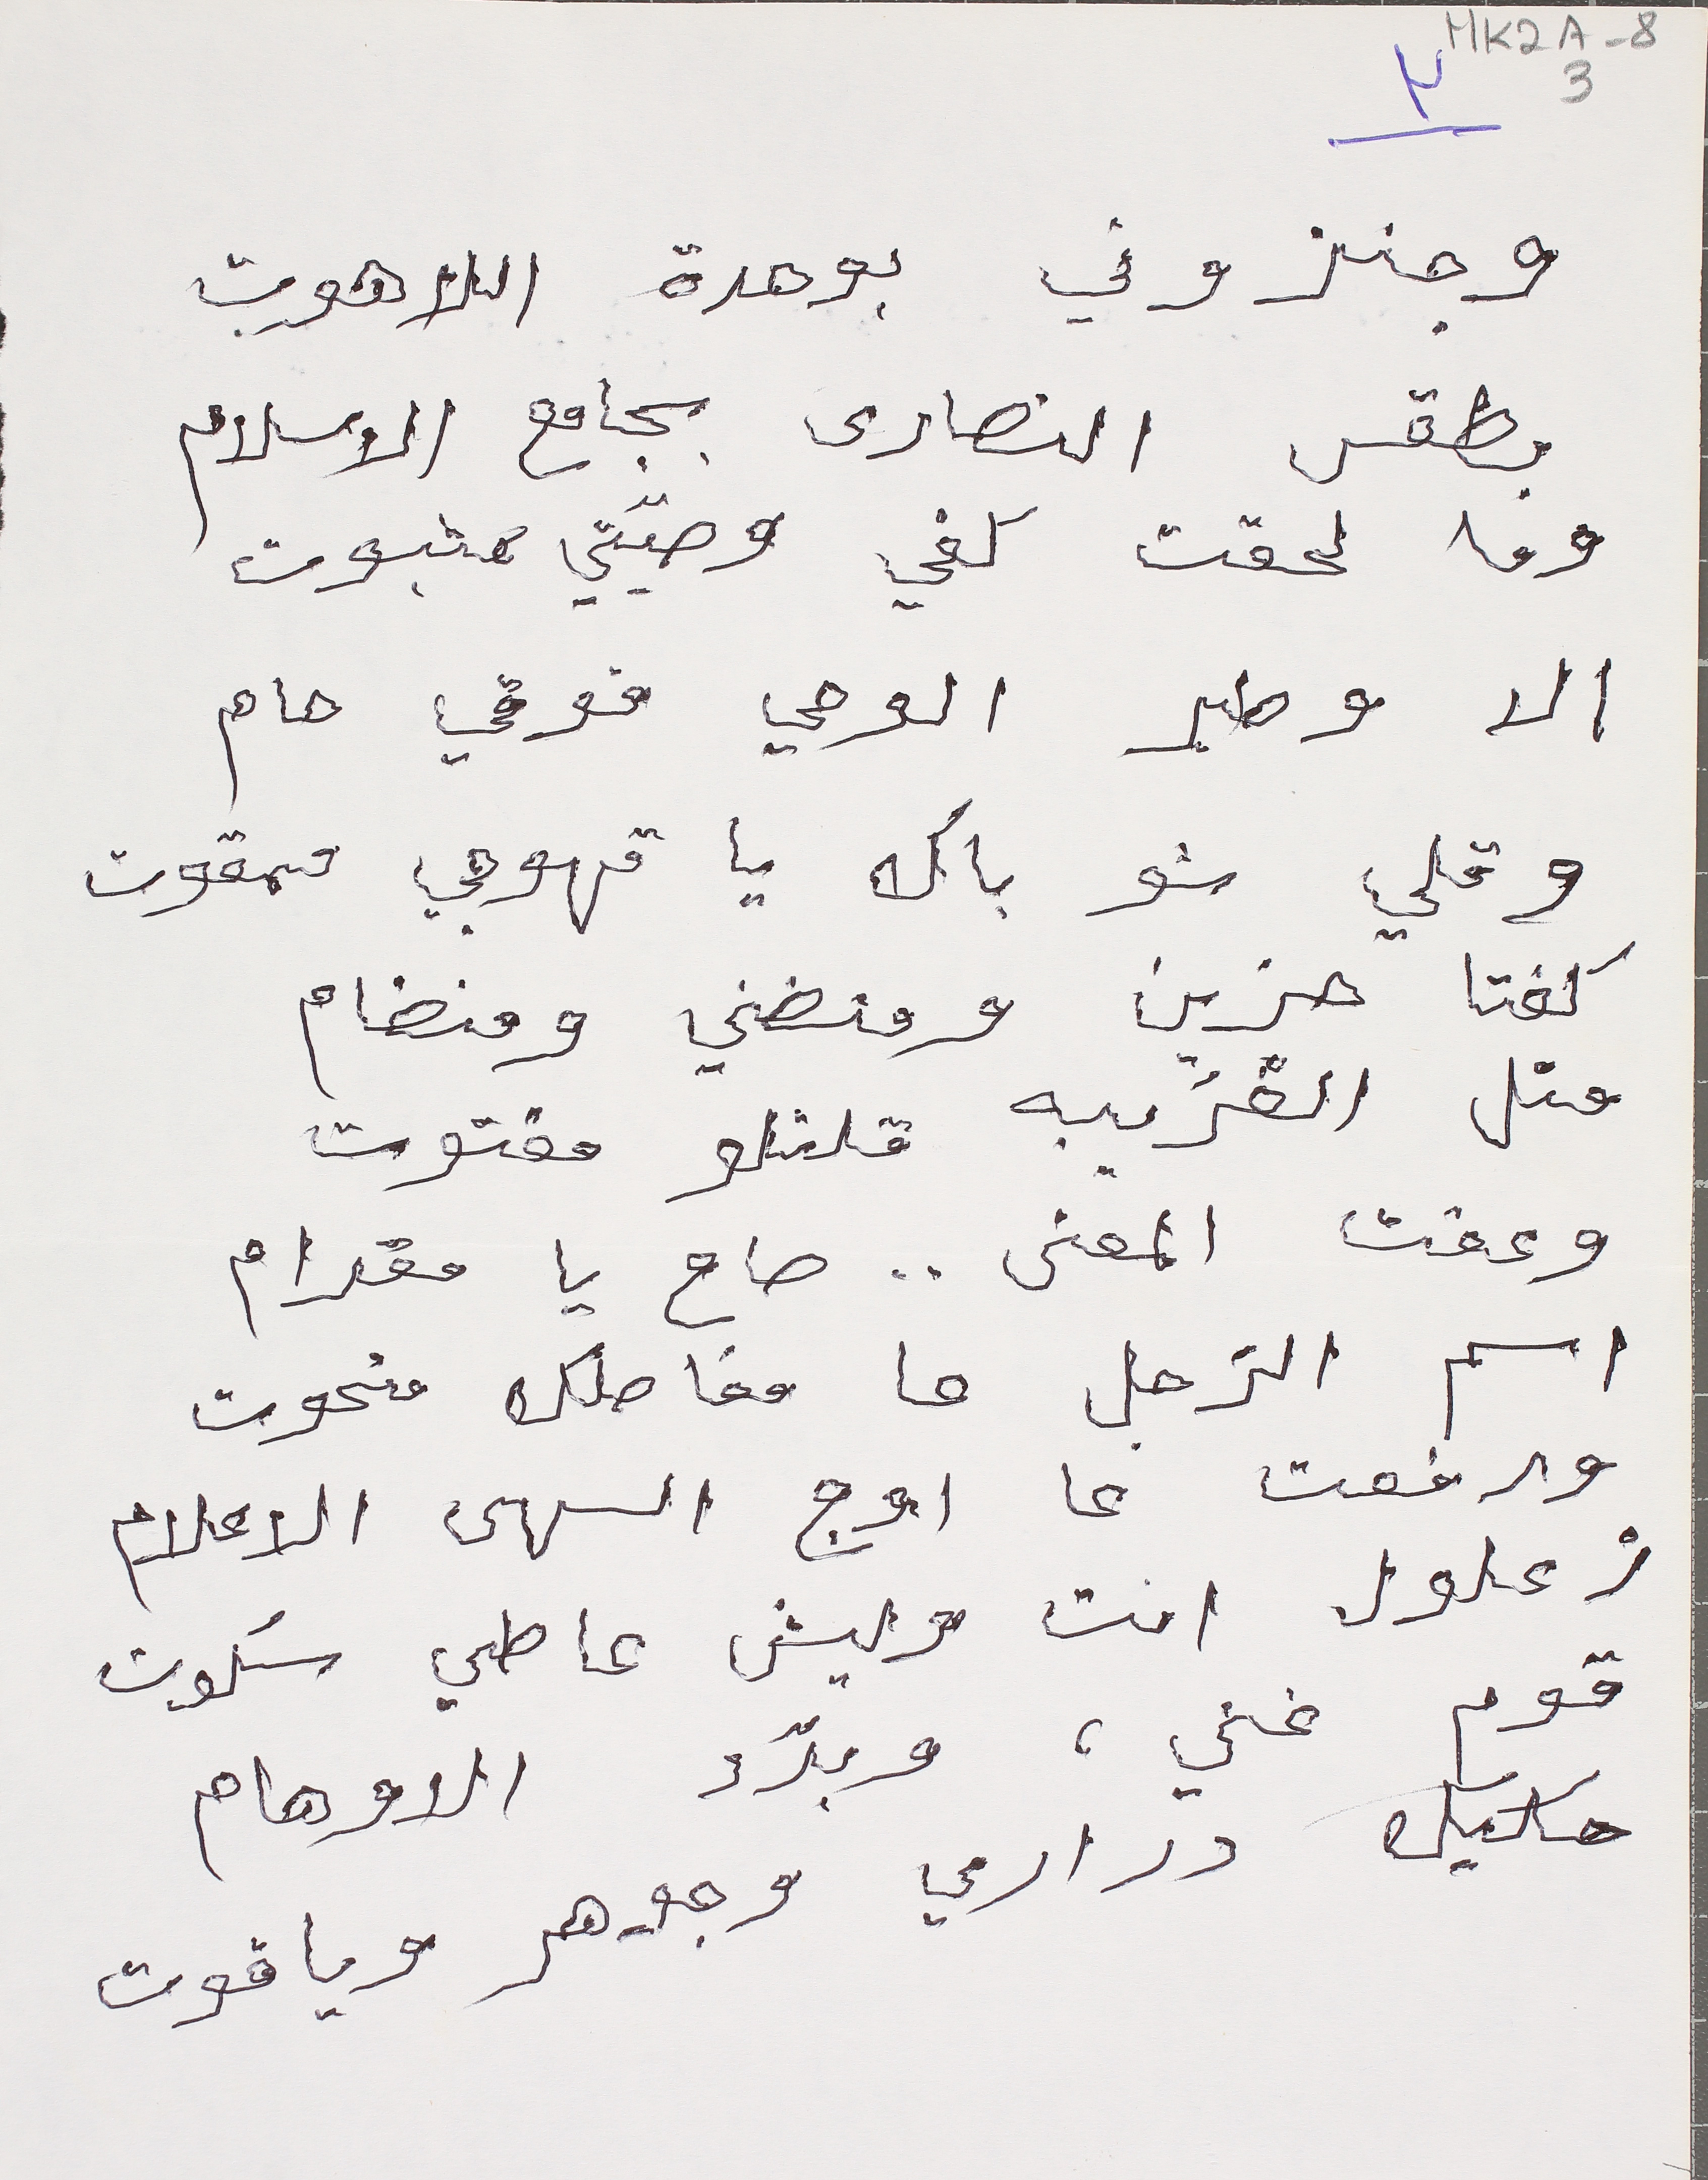
وجنزوني بوحدة اللاهوت
بطقس النصارى بجامع الاسلام
وما لحقت كفي وصيّتي عثبوت
الا وطير الوحي فوقي حام
وقلي شو باك يا قهوجي ممقوت
كفتا حزين ومنضني ومنضام
متل الغريبه فلتلو مفتوت
وعقت المعنى.. صاح يا مقدام
اسم الزجل ما مفاصلك منحوت
ورفعت عا اوج السهى الاعلام
زعلول انت وعيش عاطي سُكوت
قوم غني، وبدّد الاوهام
حكيك دراري وجوهر وياقوت
MK2A-83
٣